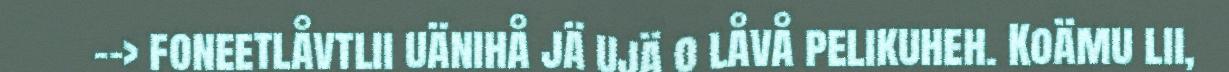
--> foneetlåvtlii uänihå jä ujä o låvå pelikuheh. Koämu lii,